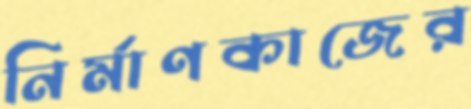
নির্মাণকাজের